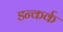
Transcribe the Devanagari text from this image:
डन्कर्क